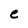
Character: e